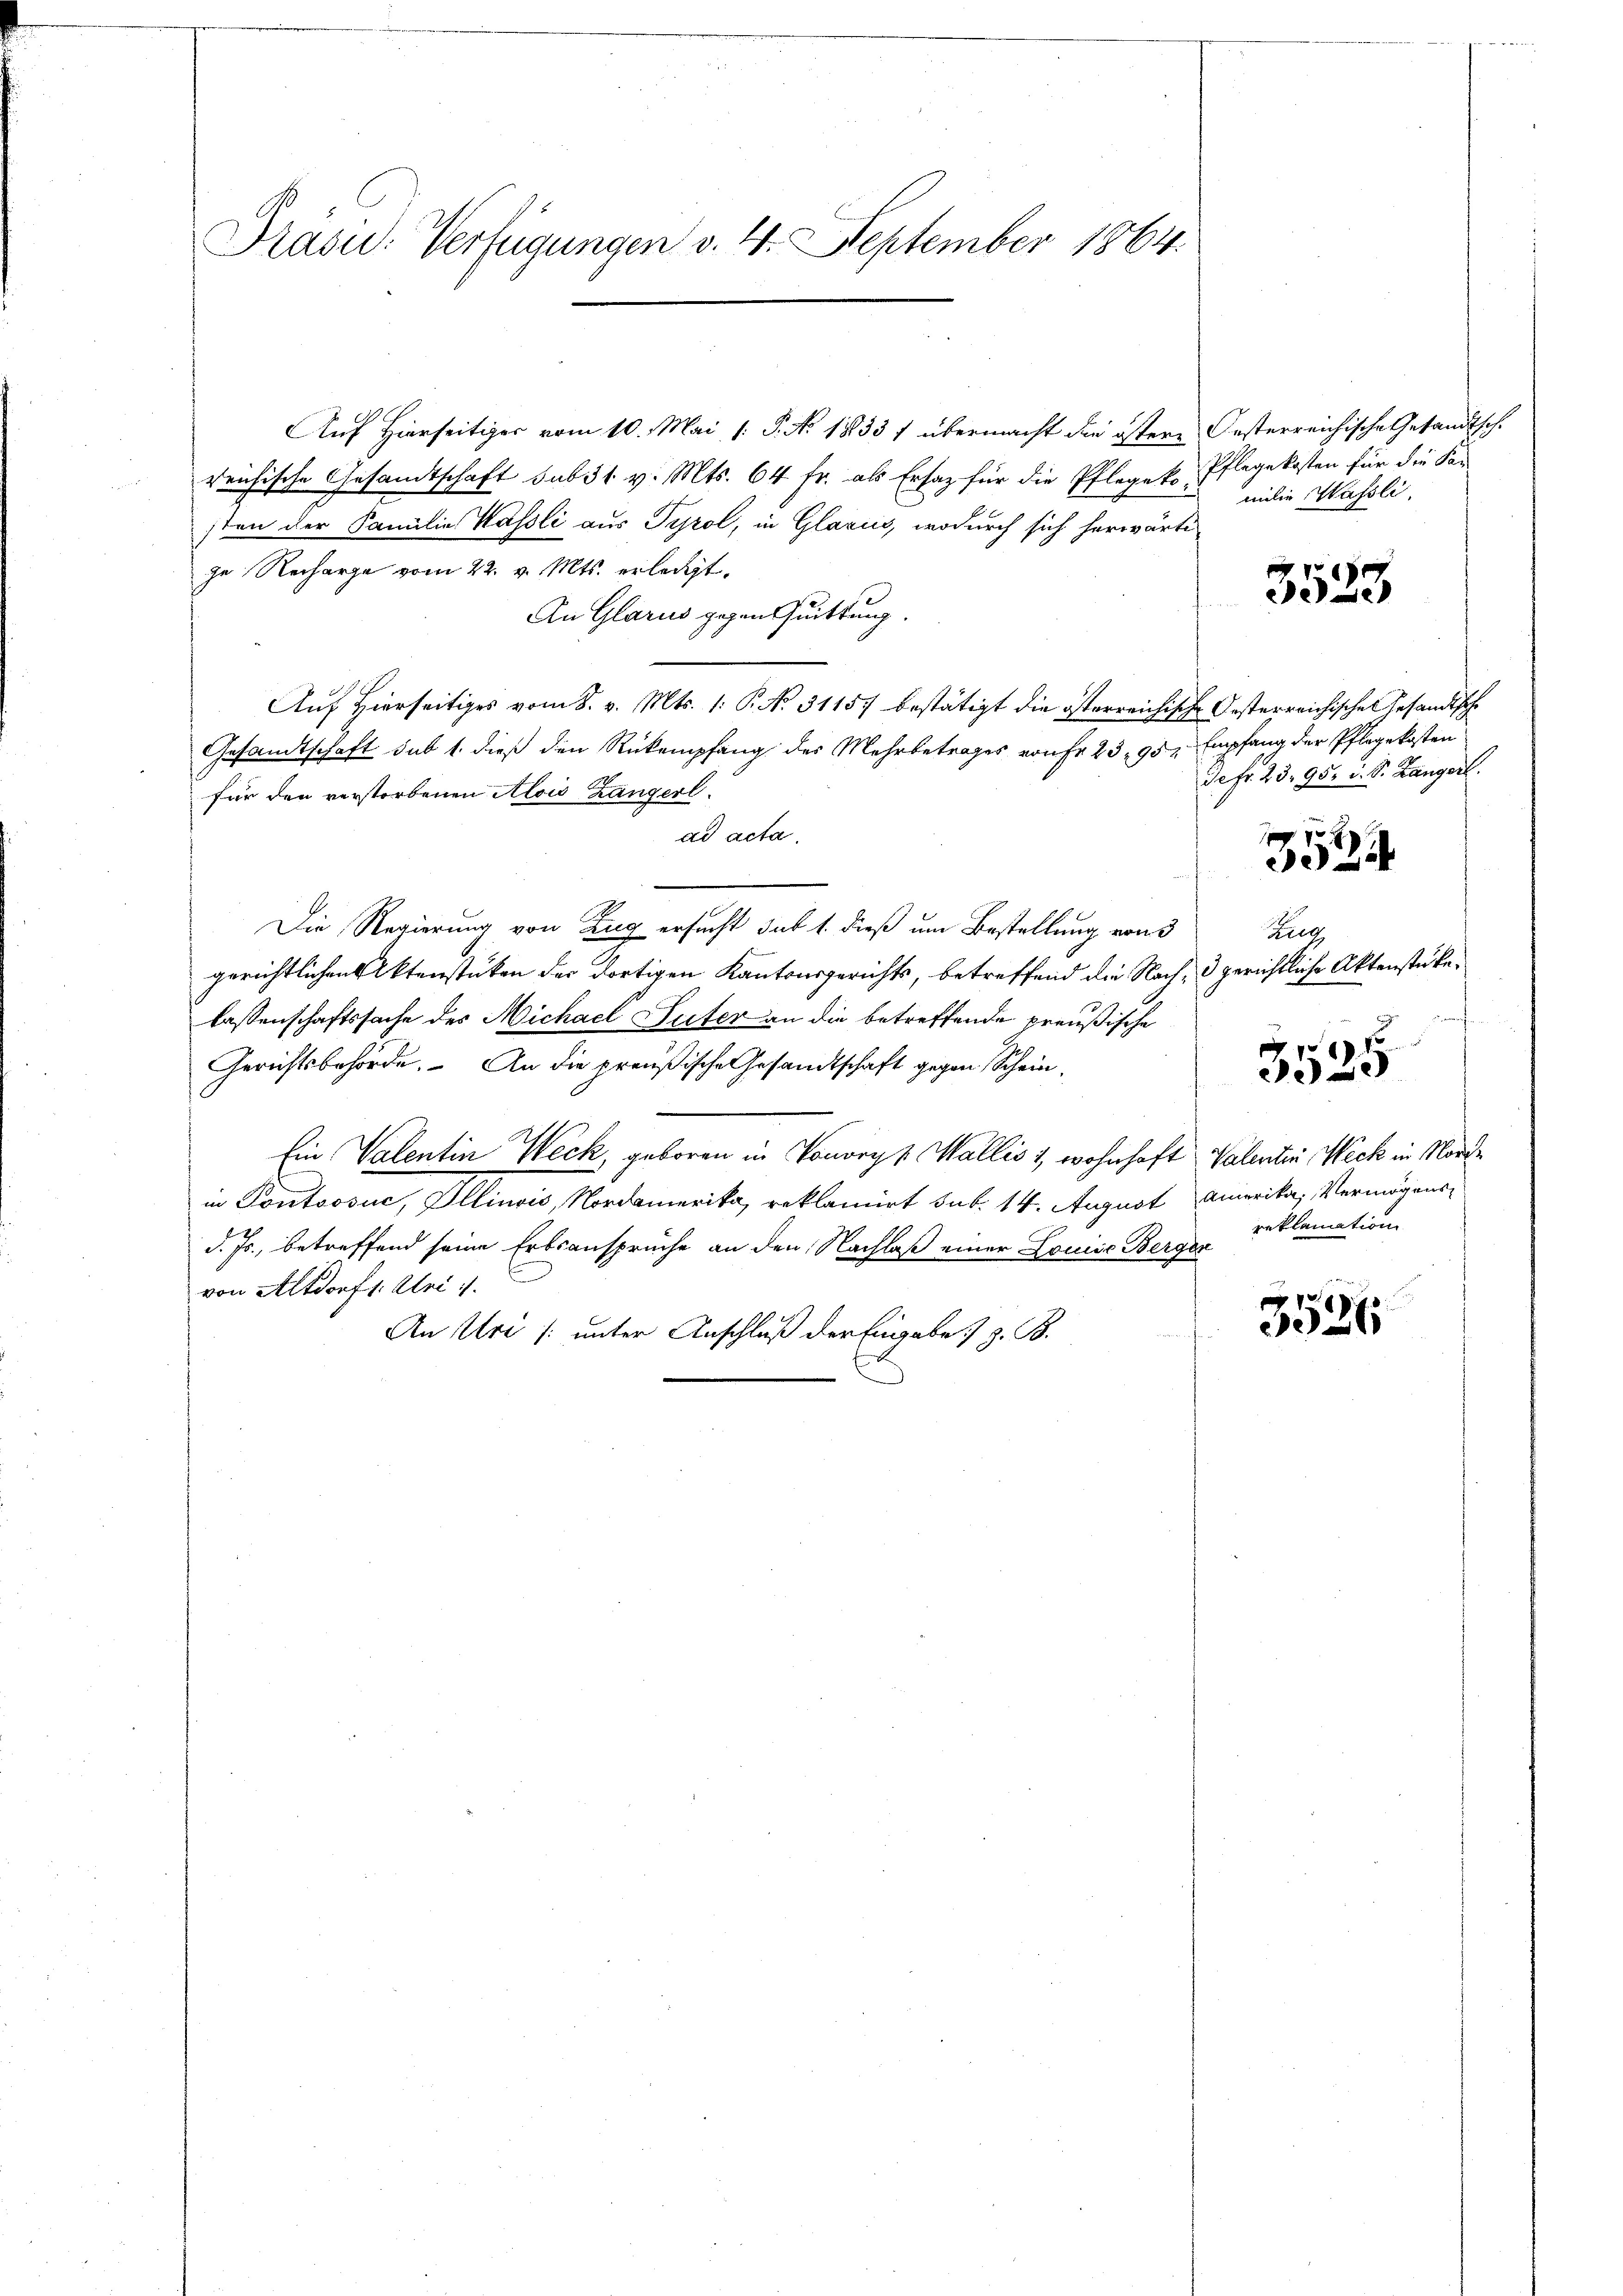
Präsid. Verfügungen v. 4. September 1864.

Auf Hierseitiger vom 10. Mai /: P. Nr. 1833 1 übermacht die östere Oesterreichische Gesandtsch-
reichische Gesandtschaft sub 31 v. Mts. 64 fr. als Ersatz für die Pflegek-Pflegekosten für die San
sten der Familie Kässli aus Tyrol, in Glarus, wodurch sich herwärti
ge Recharge vom 22. v. Mts. erledigt.
An Glarus gegen Quittung.
Auf Hierseitiges vom 8. v. Mts. 1. P. No. 31157 bestätigt die österreichische Oesterreichische Gesandtsche
Gesandtschaft sub 1. dieß den Rückempfang des Mehrbetrages von Fr. 23, 95, Empfang der Pflegekosten
für den verstorbenen Alois Langerl.
ad acta.
Die Regierung von Zug ersucht sub 1. dieß um Bestellung von 3
gerichtlichen Aktenstücken der dortigen Kantonsgerichts, betreffend die Nach- & gerichtliche Aktenstükelassenschaftssache des Michael Peter an die betreffende preußische
Gerichtsbehörde. An die preußische Gesandtschaft gegen Schein¬
Ein Valentin Weck, geboren in Vororyp Wallis 1, wohnhaft Valentin Wick in Norde
in Pontsosuc, Illinois Nordamerika, reklamirt sub. 14. August Amerika, Vermögens-
d. Js., betreffend seine Erbsansprüche an den Nachlaß einer Louise Bergen
von Altdorf 1: Uri
An Uri /: unter Anschluß der Eingabe z. B.

milie Wassli

3523

Jefr. 23. 95. d. S. Langerl.

10 x
e

Ziel

3525

reklamation

3026